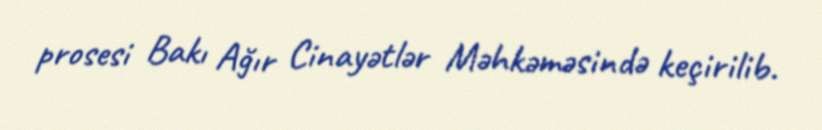
prosesi Bakı Ağır Cinayətlər Məhkəməsində keçirilib.